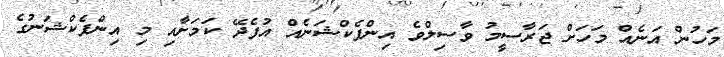
މަހުން އަނެއް މަހަށް ޖަރާސީމު ވާސިލްވެ އިންފެކްޝަނެއް އުފެދޭ ކަމަށާއި މި އިންފެކްޝަނުގެ